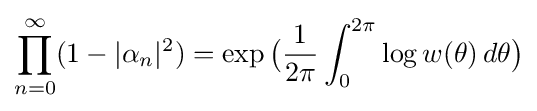
\prod _{n=0}^{\infty }(1-|\alpha _{n}|^{2})=\exp {\big (}{\frac {1}{2\pi }}\int _{0}^{2\pi }\log w(\theta )\,d\theta {\big )}